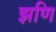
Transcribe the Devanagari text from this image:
झणि